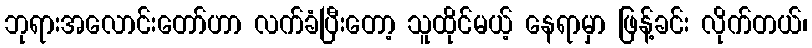
ဘုရားအလောင်းတော်ဟာ လက်ခံပြီးတော့ သူထိုင်မယ့် နေရာမှာ ဖြန့်ခင်း လိုက်တယ်၊